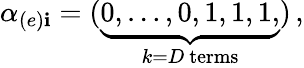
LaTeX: \alpha_{(e)\mathbf{i}}=(\underbrace{{0,\dots,0,1,1,1,}}_{k=D\mathrm{{~terms}}})\, ,